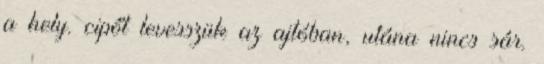
a hely. cipőt levesszük az ajtóban, utána nincs sár.